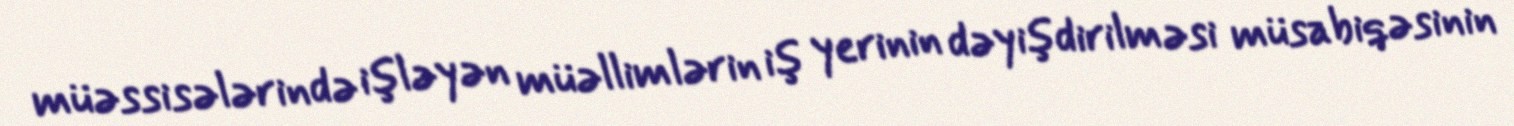
müəssisələrində işləyən müəllimlərin iş yerinin dəyişdirilməsi müsabiqəsinin